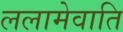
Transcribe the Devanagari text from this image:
ललामेवाति